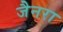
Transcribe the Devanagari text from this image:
जैनरा